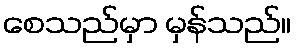
စေသည်မှာ မှန်သည်။